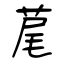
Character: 荱